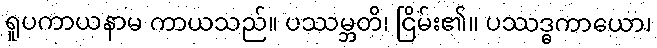
ရူပကာယနာမ ကာယသည်။ ပဿမ္ဘတိ၊ ငြိမ်း၏။ ပဿဒ္ဓကာယော၊